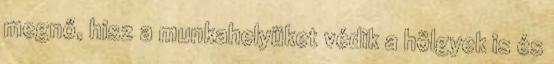
megnő, hisz a munkahelyüket védik a hölgyek is és